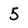
Character: 5